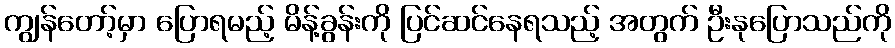
ကျွန်တော့်မှာ ပြောရမည့် မိန့်ခွန်းကို ပြင်ဆင်နေရသည့် အတွက် ဦးနုပြောသည်ကို